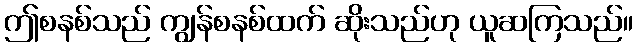
ဤစနစ်သည် ကျွန်စနစ်ထက် ဆိုးသည်ဟု ယူဆကြသည်။